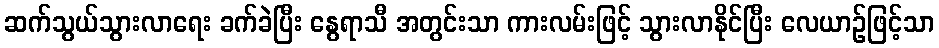
ဆက်သွယ်သွားလာရေး ခက်ခဲပြီး နွေရာသီ အတွင်းသာ ကားလမ်းဖြင့် သွားလာနိုင်ပြီး လေယာဉ်ဖြင့်သာ